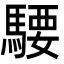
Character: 騕